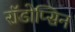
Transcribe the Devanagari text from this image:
रॉडोप्सिन